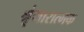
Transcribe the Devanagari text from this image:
श्रृंगारात्मक